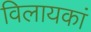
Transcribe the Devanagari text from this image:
विलायकां